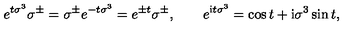
e ^ { t \sigma ^ { 3 } } \sigma ^ { \pm } = \sigma ^ { \pm } e ^ { - t \sigma ^ { 3 } } = e ^ { \pm t } \sigma ^ { \pm } , \qquad e ^ { \mathrm { i } t \sigma ^ { 3 } } = \cos t + \mathrm { i } \sigma ^ { 3 } \sin t ,